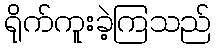
ရိုက်ကူးခဲ့ကြသည်